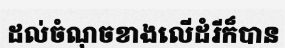
ដល់ចំណុចខាងលើដំរីក៏បាន